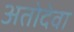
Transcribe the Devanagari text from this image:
अतोदेवा